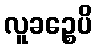
လူခဉ္စေပိ